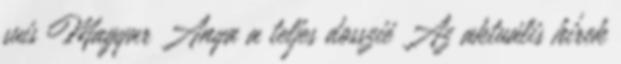
suis Magyar Anya a teljes dosszié Az aktuális hírek